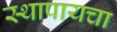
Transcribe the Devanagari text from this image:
स्थापायचा